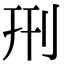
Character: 𠛬